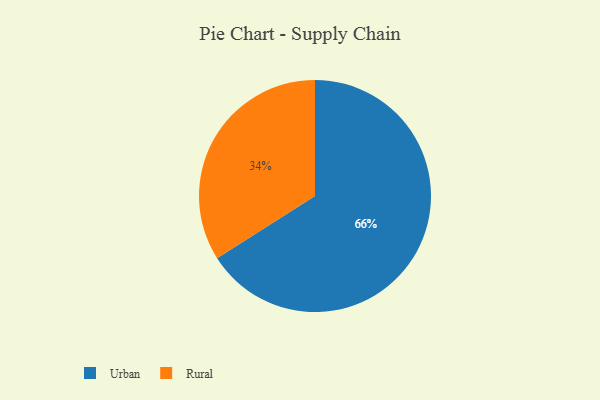
{"axis": {"x": "Category", "y": "Percentage"}, "legend": ["Rural", "Urban"], "data": [{"x": "Urban", "y": 66, "type": "Urban"}, {"x": "Rural", "y": 34, "type": "Rural"}]}